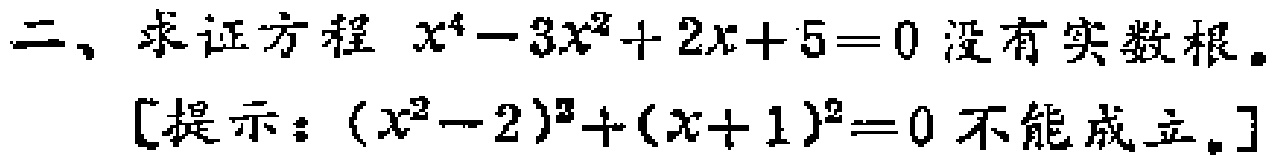
二、求证方程 \(x^{4}-3x^{2}+2x + 5 = 0\) 没有实数根。

[提示：\((x^{2}-2)^{2}+(x + 1)^{2}=0\) 不能成立。]